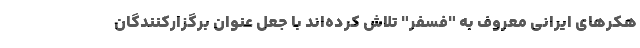
هکرهای ایرانی معروف به "فسفر" تلاش کرده‌اند با جعل عنوان برگزارکنندگان